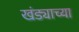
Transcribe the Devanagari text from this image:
खंड्याच्या